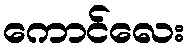
ကောင်လေး